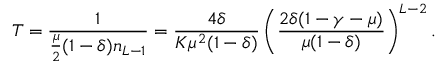
T = \frac { 1 } { \frac { \mu } { 2 } ( 1 - \delta ) n _ { L - 1 } } = \frac { 4 \delta } { K \mu ^ { 2 } ( 1 - \delta ) } \left( \frac { 2 \delta ( 1 - \gamma - \mu ) } { \mu ( 1 - \delta ) } \right) ^ { L - 2 } .